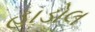
હાડોલ